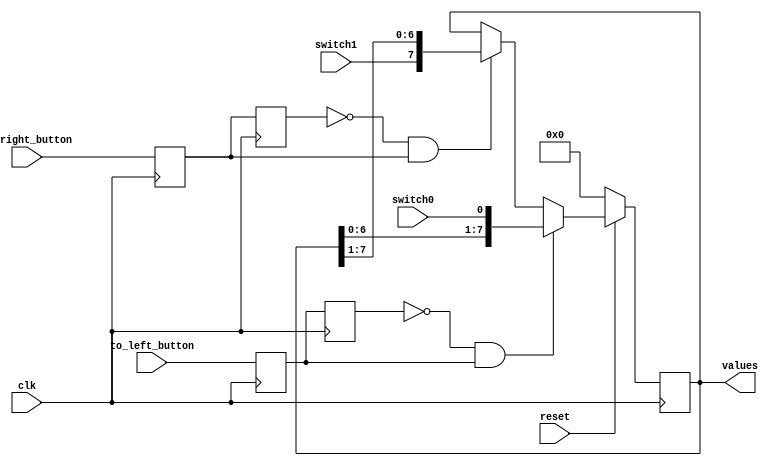
module task3 (
    input clk,
    input reset, // KEY0
    input switch0, // SW0
	 input switch1, // SW1
    input to_left_button, // KEY 1
    input to_right_button, // KEY 2
    output reg [7:0] values
);

reg but_r_left;
reg but_rr_left;
reg but_r_right;
reg but_rr_right;

assign push_right = (~but_rr_right)&(but_r_right); // to right button
assign push_left = (~but_rr_left)&(but_r_left); // to left button

always @(posedge clk) begin
    but_r_left <= to_left_button;
    but_rr_left <= but_r_left;
	 
	but_r_right <= to_right_button;
    but_rr_right <= but_r_right;

    if (~reset) begin
        values <= 0;
    end

	/*
      else if (push_left) begin
		values <= values << 1;
        values [0] <= switch1;
    end
	 else if (push_right) begin
        values <= values >> 1;
        values [7] <= switch0;
    end 
    */

    else if (push_left) begin
		values <= {{values[6:0]}, switch0};
    end
	 else if (push_right) begin
		values <= {switch1, {values[7:1]}};
    end
	 
end
/* 
genvar Gi;
generate for (Gi = 0; Gi < 8; Gi = Gi + 1) begin: loop
    assign LEDS[Gi] = (counter == Gi);
end
endgenerate */

endmodule